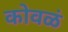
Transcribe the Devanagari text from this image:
कोवळं